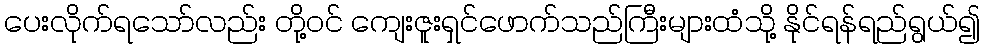
ပေးလိုက်ရသော်လည်း တို့ဝင် ကျေးဇူးရှင်ဖောက်သည်ကြီးများထံသို့ နိုင်ရန်ရည်ရွယ်၍